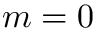
m = 0